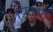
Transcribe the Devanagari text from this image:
प्रितमा